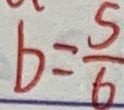
b = \frac { 5 } { 6 }